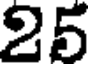
25